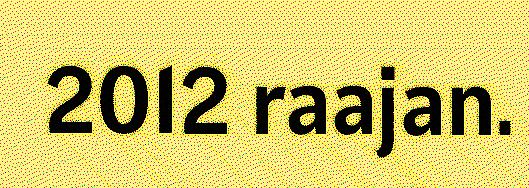
2012 raajan.